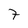
Character: 7